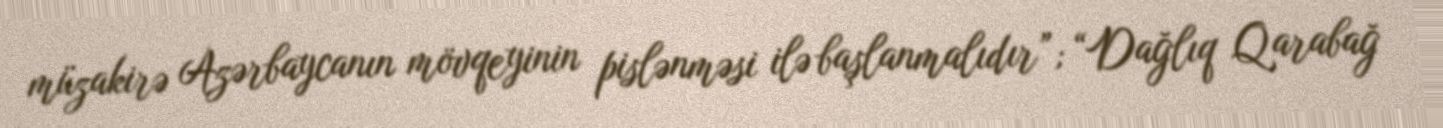
müzakirə Azərbaycanın mövqeyinin pislənməsi ilə başlanmalıdır”; “Dağlıq Qarabağ